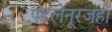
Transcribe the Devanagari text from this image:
पहलेनूरजहाँ